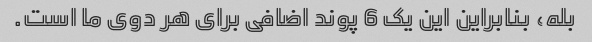
بله، بنابراین این یک 6 پوند اضافی برای هر دوی ما است.